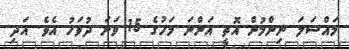
މައްސަލަ ނިންމުން އޮތީ އަންނަ މަހުގެ 15 ވަނަ ދުވަހު އެވެ. އަދި